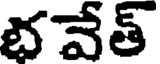
భవేత్